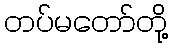
တပ်မတော်တို့